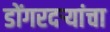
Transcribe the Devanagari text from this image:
डोंगरदर्‍यांचा